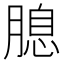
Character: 𦞜